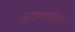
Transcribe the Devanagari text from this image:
आवश्यक्तानुसार